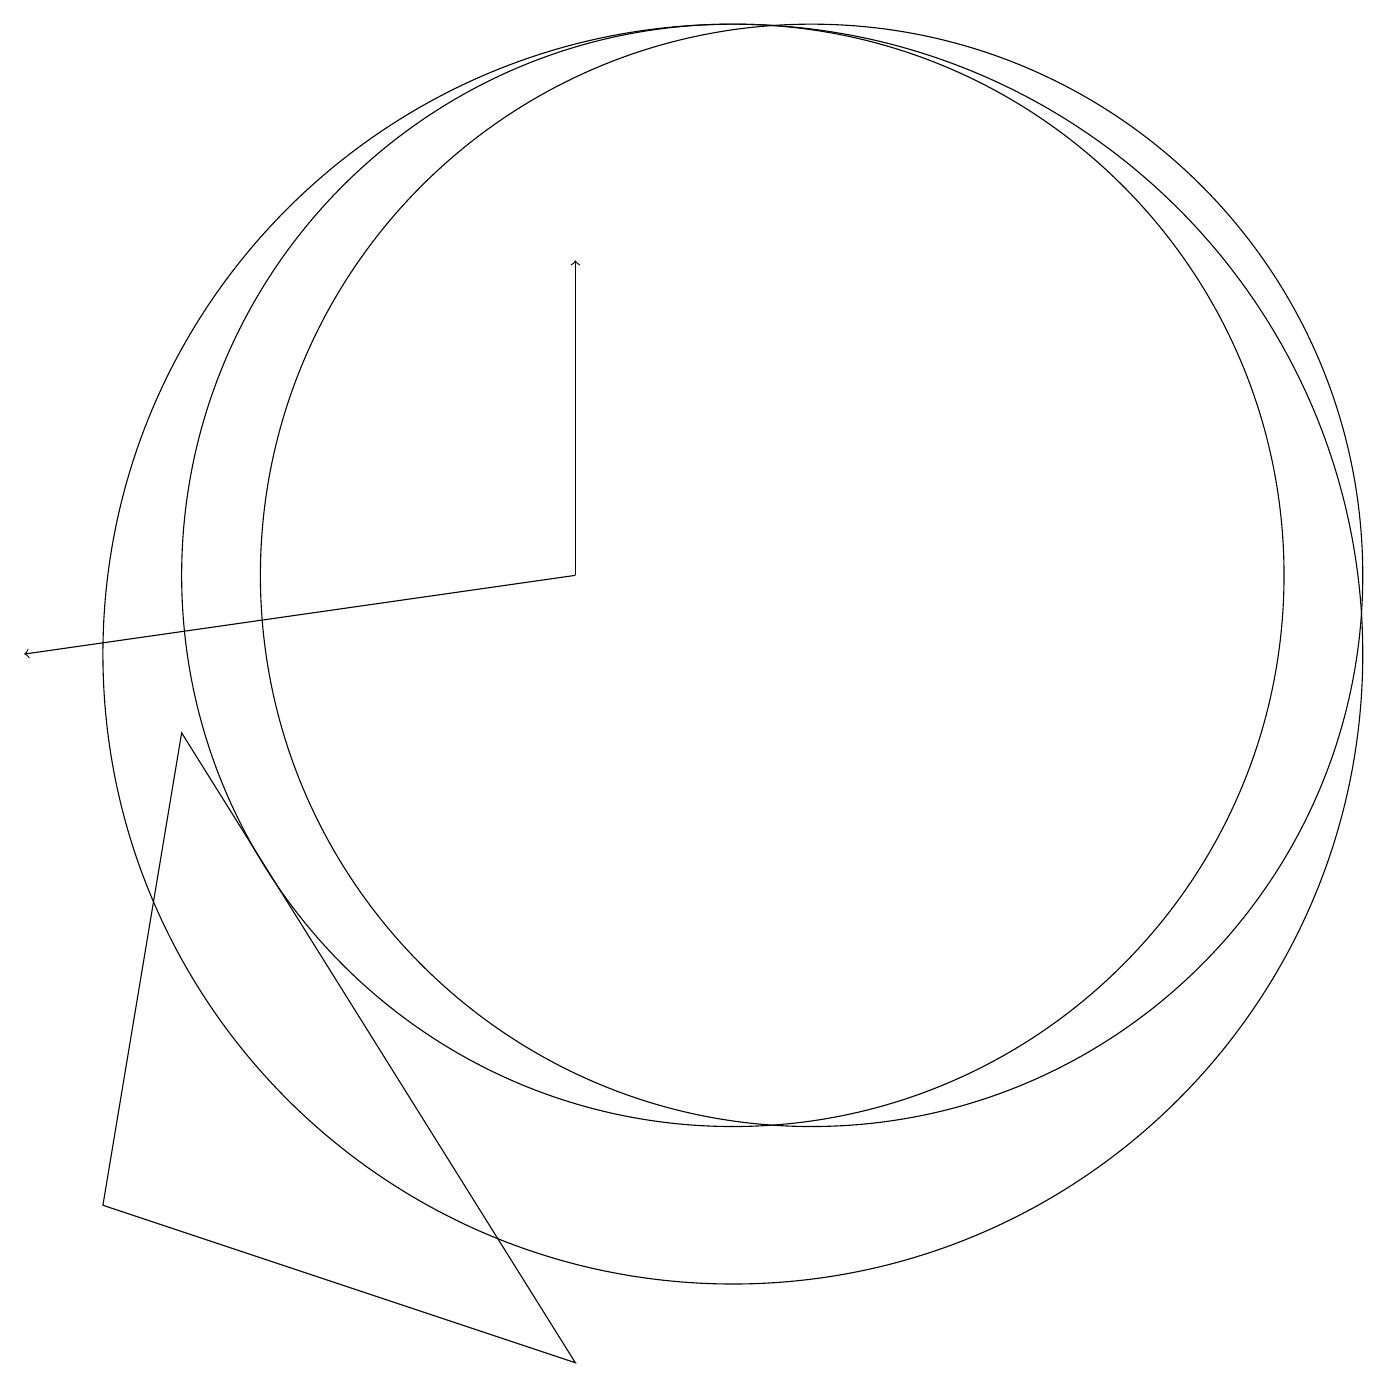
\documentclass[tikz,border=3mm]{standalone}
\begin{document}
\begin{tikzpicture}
\draw[->] (8,11) -- (8,15);
\draw (10,10) circle (8);
\draw (8,1) -- (3,9) -- (2,3) -- cycle;
\draw (11,11) circle (0);
\draw (11,11) circle (7);
\draw (10,11) circle (7);
\draw[->] (8,11) -- (1,10);
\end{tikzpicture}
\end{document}